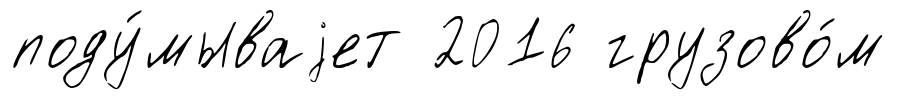
поду́мываjет 2016 грузово́м